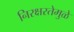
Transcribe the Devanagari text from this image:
निरक्षरतेमुळे